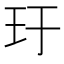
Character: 玗